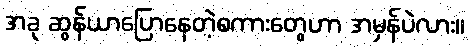
အခု ဆွန်ယာပြောနေတဲ့စကားတွေဟာ အမှန်ပဲလား။